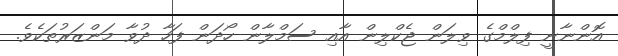
އޮންނާނީ ފިލްމްގެ ވިލަން ޖެކްލިން އާއި ސަމްލާން ހޯދަން ފަހާ ދުވާ މަންޒަރުތަކެވެ.